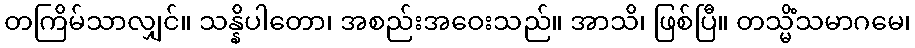
တကြိမ်သာလျှင်။ သန္နိပါတော၊ အစည်းအဝေးသည်။ အာသိ၊ ဖြစ်ပြီ။ တသ္မိံသမာဂမေ၊